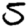
Digit: 5